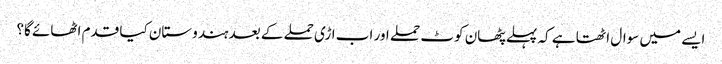
ایسے میں سوال اٹھتا ہے کہ پہلے پٹھان کوٹ حملے اور اب اڑی حملے کے بعد ہندوستان کیا قدم اٹھائے گا؟